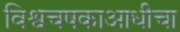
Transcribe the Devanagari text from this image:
विश्वचषकाआधीचा